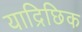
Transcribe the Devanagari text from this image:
याद्रिछिक